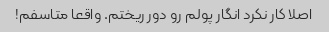
اصلا کار نکرد انگار پولم رو دور ریختم. واقعا متاسفم!